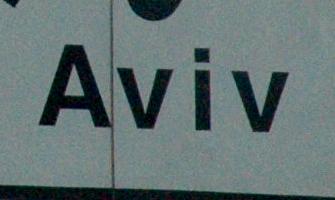
aviv